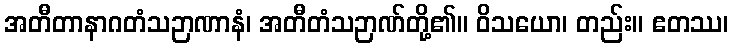
အတီတာနာဂတံသဉာဏာနံ၊ အတီတံသဉာဏ်တို့၏။ ဝိသယော၊ တည်း။ ဧတဿ၊